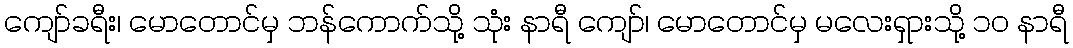
ကျော်ခရီး၊ မောတောင်မှ ဘန်ကောက်သို့ သုံး နာရီ ကျော်၊ မောတောင်မှ မလေးရှားသို့ ၁၀ နာရီ